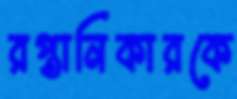
রপ্তানিকারকে